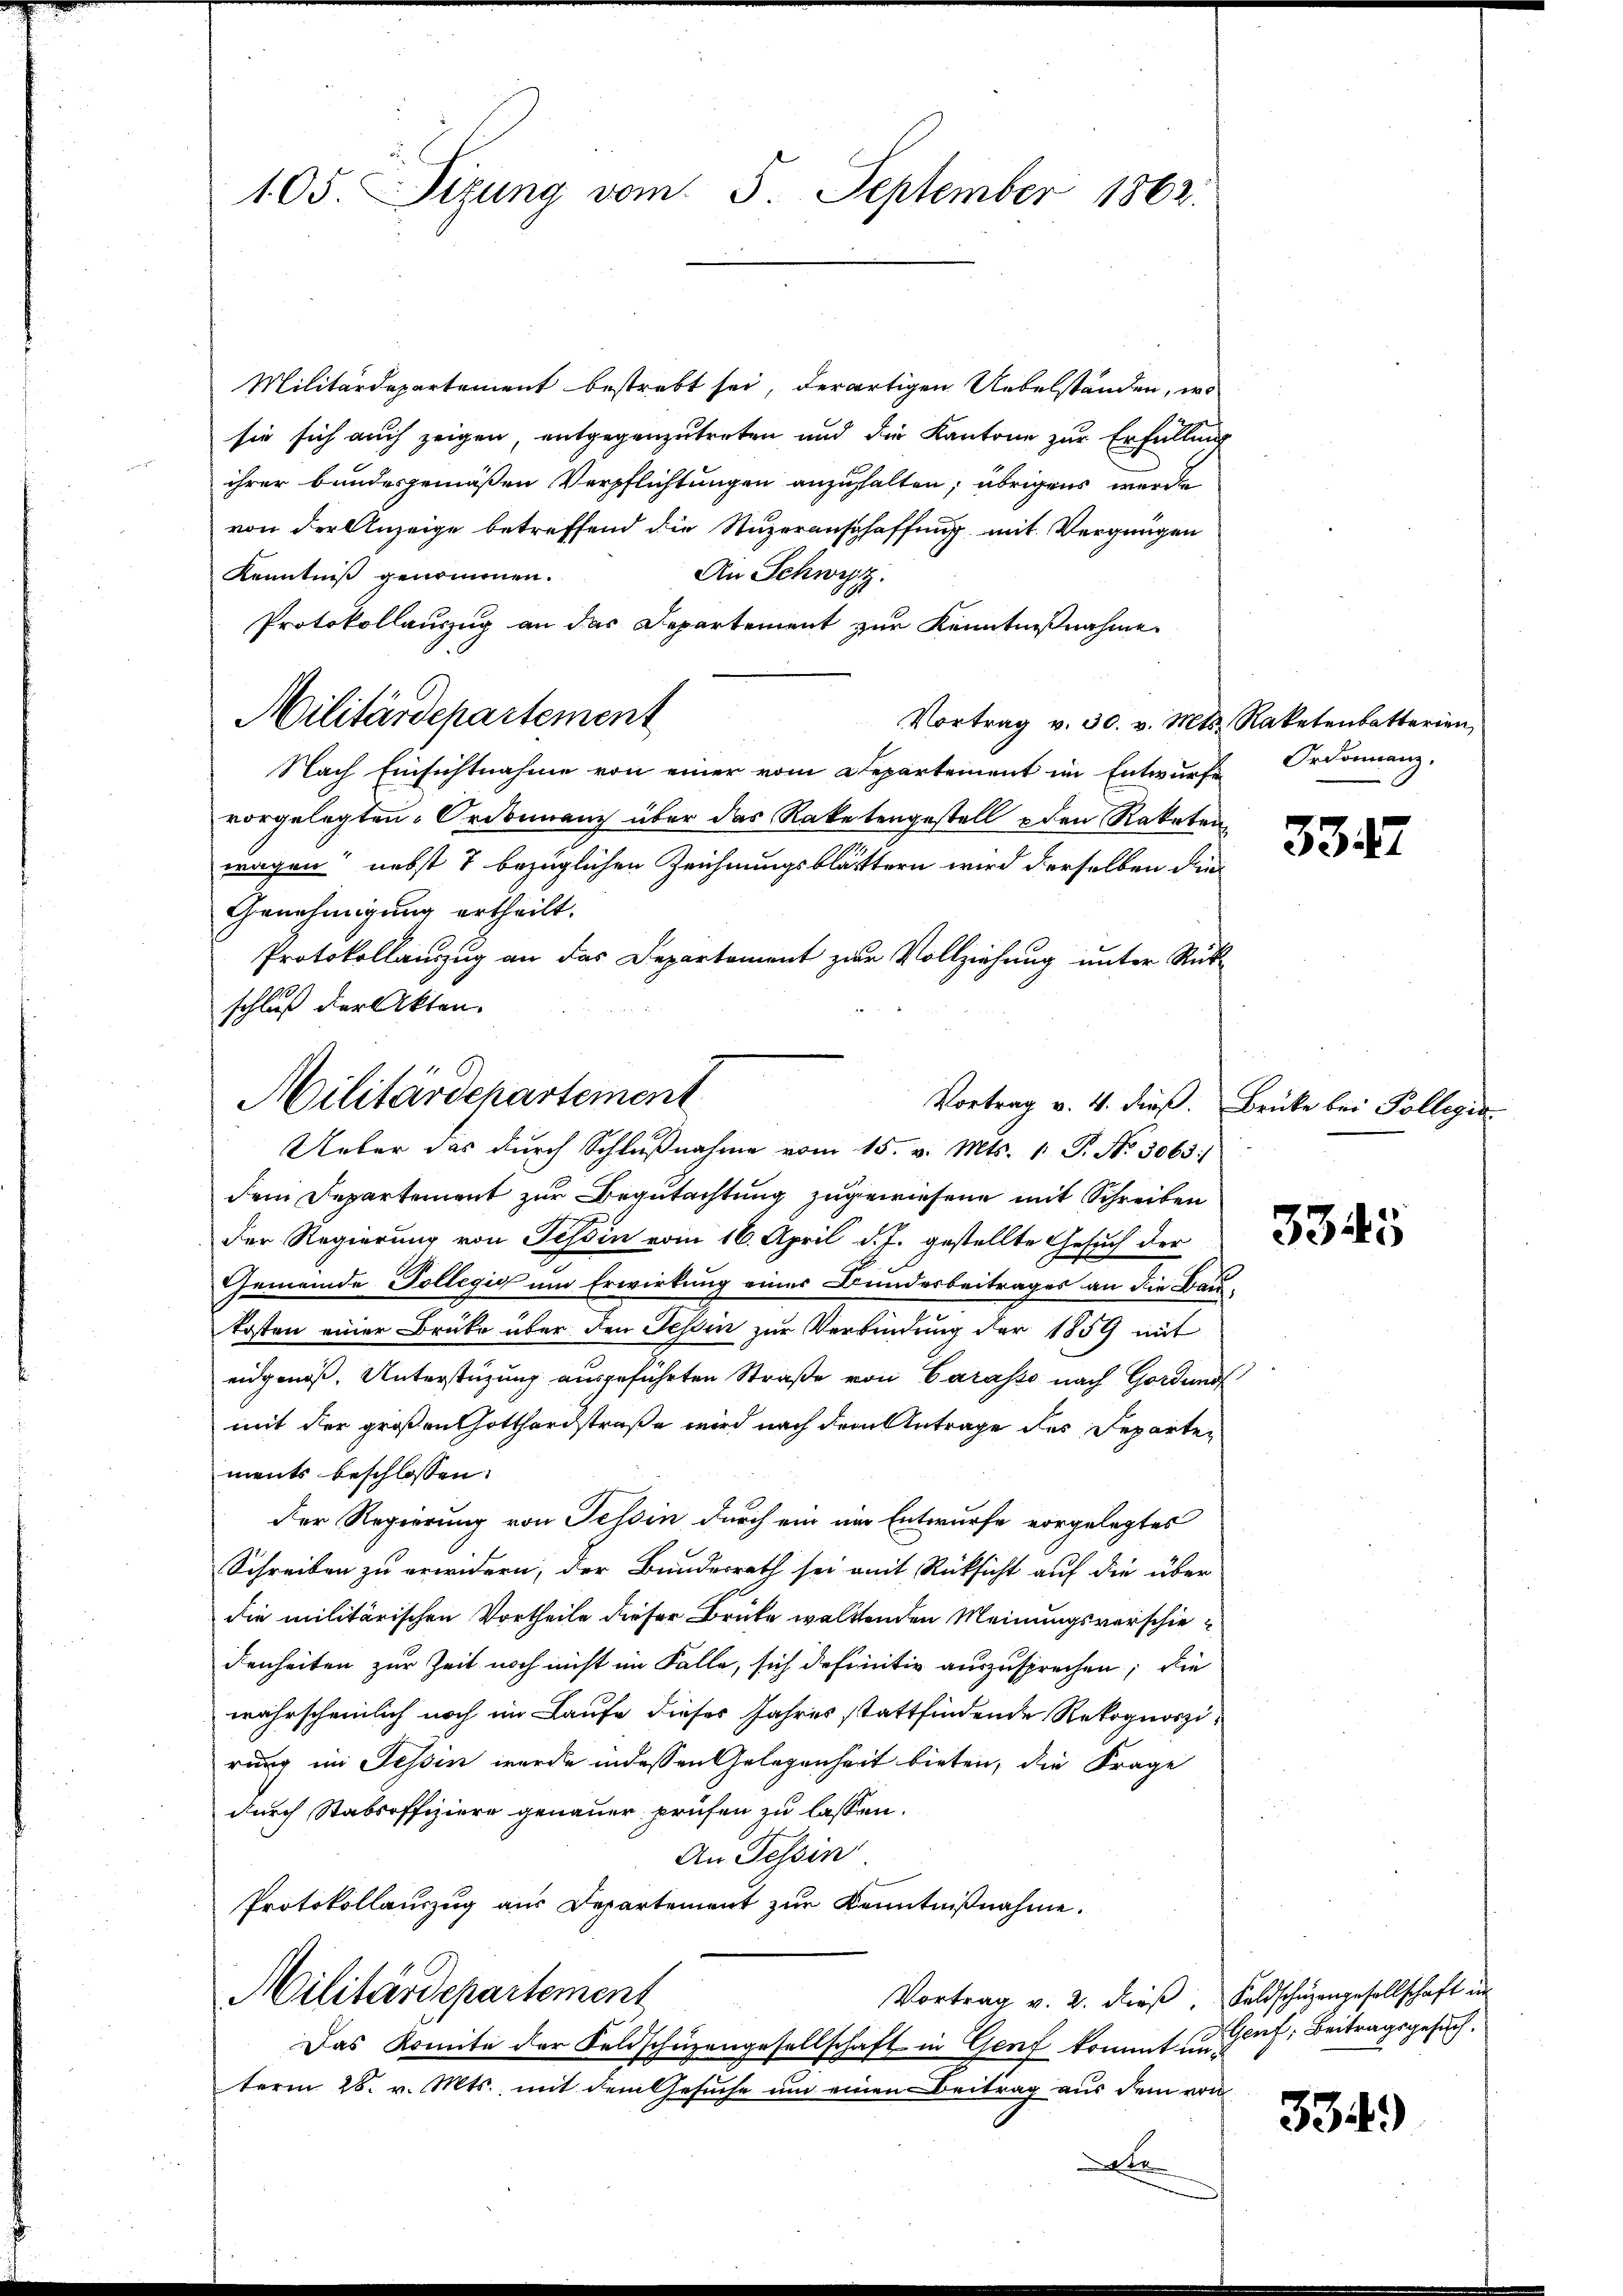
Militärdepartement bestrebt sei, derartigen Uebelständen, wo
sie sich auch zeigen, entgegenzutreten und die Kantone zur Erfüllung
ihrer bundesgemäßen Verpflichtungen anzuhalten; übrigens werde
von der Anzeige betreffend die Stuzeranschaffung mit Vergnügen
An Schwyz.
Kenntniß genommen.
Protokollanzug an das Departement zur Kenntnißnahme
Militärdepartement
Vortrag v. 30. v. Mts. Raketenbatterien,
Nach Einsichtnahme von einer vom Departement im Entwurfe Ordonnanz-
vorgelegten Ordinanz über das Raketengestell u den Raketen
wagen nebst 7 bezüglichen Zeichnungsblätttern wird derselben die¬
Genehmigung ertheilt.
Protokollauszug an das Departement zur Vollziehung unter Rück-
schluß der Akten.
dem Departement zur Begutachtung zugewiesene mit Schreiben
Der Regierung von Tessin vom 16. April d. J. gestellte Gesuch der
Gemeinde Sollegio um Erwirkung einer Bundesbeitrages an die Bau-
kosten einer Brücke über den Tessin zur Verbindung der 1859 mit
eidgenöß. Unterstüzung ausgeführten Straße von Carasso nach Gordund
mit der großen Gotthardstraße wird nach dem Antrage des Reparten
ments beschlossen:
Der Regierung von Tessin durch ein um Entwurfe vorgelegtes
Schreiben zu erwidern, der Bundesrath sei amit Rücksicht auf die über
die militärischen Vortheile dieser Brüke waltenden Meinungsverschiedenheiten zur Zeit noch nicht im Falle, sich definitiv auszusprechen; die
wahrscheinlich noch im Laufe dieses Jahres stattfindende Rekognoszirung im Tessin werde in dessen Gelegenheit bieten, die Frage
durch Stabsoffiziere genauer prüfen zu lassen.
An Tessin
Protokollauszug aus Departement zur Kenntnißnahme.
Militärdepartement
Vortrag v. 2. dieβ, Feldschüzengesellschaft in
Das Komite der Feldschüzengesellschaft in Genf kommt und Graf, Beitragsgesuch,
term 28. v. Mts., mit dem Gesuche um einen Beitrag aus dem von
e

105. Sizung vom 5. September 1862.

Militärdepartement
Vortrag v. 4. dieß.
Ueber das durch Schlŭβnahme vom 15. v. Mts. 1. P. No. 3063/

3347

Brücke bei Pollegia

3345

334)